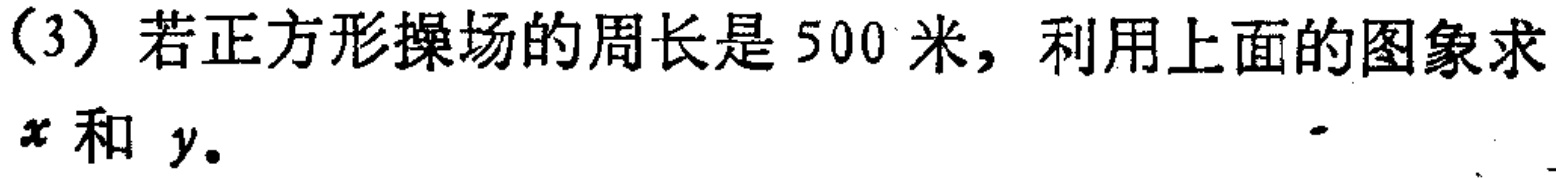
(3) 若正方形操场的周长是 500 米，利用上面的图象求$x$和$y$。